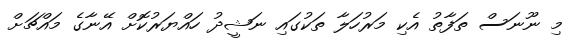
މި ނޫނަސް ތަފާތު އެކި މަރުހަލާ ތަކުގައި ނަޝީދު ހައްޔަރުކޮށް އޭނާގެ މައްޗަށް